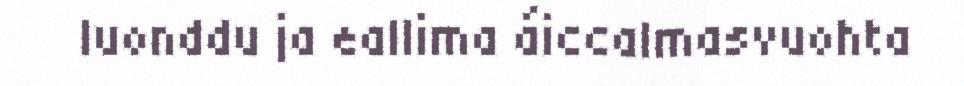
luonddu ja eallima áiccalmasvuohta